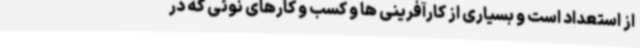
از استعداد است و بسیاری از کارآفرینی ها و کسب و کارهای نوئی که در